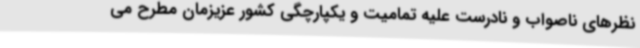
نظرهای ناصواب و نادرست علیه تمامیت و یکپارچگی کشور عزیزمان مطرح می